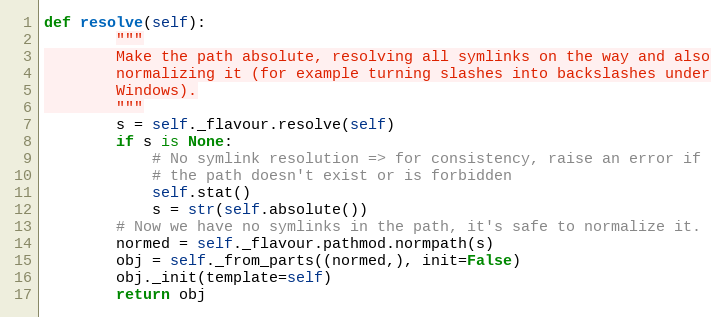
Language: Python
def resolve(self):
        """
        Make the path absolute, resolving all symlinks on the way and also
        normalizing it (for example turning slashes into backslashes under
        Windows).
        """
        s = self._flavour.resolve(self)
        if s is None:
            # No symlink resolution => for consistency, raise an error if
            # the path doesn't exist or is forbidden
            self.stat()
            s = str(self.absolute())
        # Now we have no symlinks in the path, it's safe to normalize it.
        normed = self._flavour.pathmod.normpath(s)
        obj = self._from_parts((normed,), init=False)
        obj._init(template=self)
        return obj